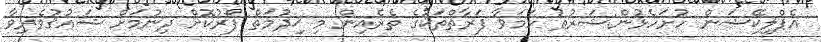
އެޕްލިކޭޝަން ހުށަހެޅުން:ޝަރުޠު ހަމަވާ ފަރާތްތަކުގެ ތެރެއިން މި ޚިދުމަތް ފޯރުކޮށް ދިނުމަށް ޝައުޤުވެރިވާ